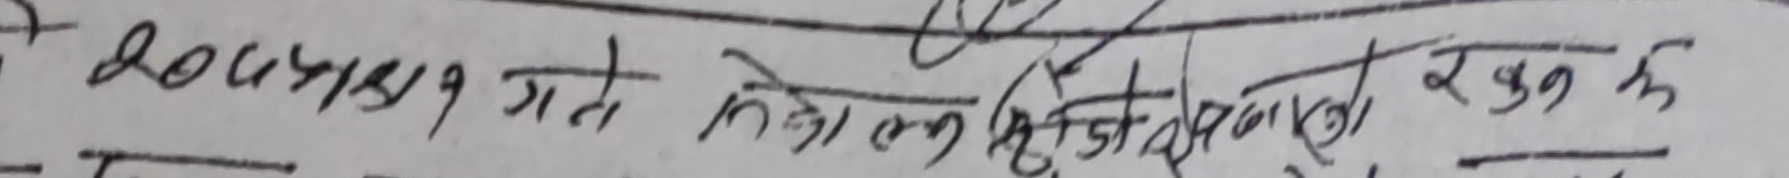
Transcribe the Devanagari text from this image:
Doubts गाते के लागी बिस्तरा र कुन हो